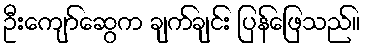
ဦးကျော်ဆွေက ချက်ချင်း ပြန်ဖြေသည်။